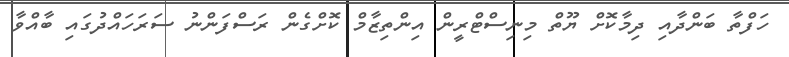
ހަފްތާ ބަންދާއި ދިމާކޮށް ޔޫތް މިނިސްޓްރީން އިންތިޒާމް ކޮށްގެން ރަސްފަންނު ސަރަހައްދުގައި ބާއްވާ